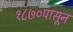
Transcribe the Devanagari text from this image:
१८७०पासून